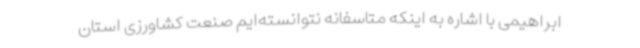
ابراهیمی با اشاره به اینکه متاسفانه نتوانسته‌ایم صنعت کشاورزی استان